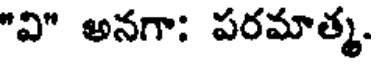
"వి" అనగా: పరమాత్మ.